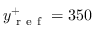
y _ { \mathrm { ~ r ~ e ~ f ~ } } ^ { + } = 3 5 0